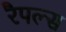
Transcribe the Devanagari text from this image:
रैपल्स